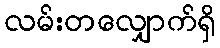
လမ်းတလျှောက်ရှိ